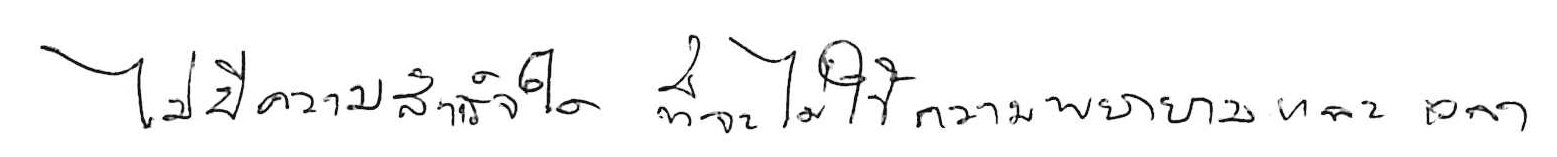
ไม่มีความสำเร็จใด ที่จะไม่ใช้ความพยายามและเวลา